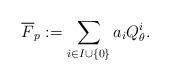
LaTeX: \begin{align*}\overline F_p:=\sum_{i\in I\cup\{ 0\}}a_iQ_\theta^i.\end{align*}